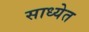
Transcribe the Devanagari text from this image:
साध्येत